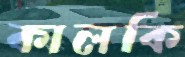
কালকি